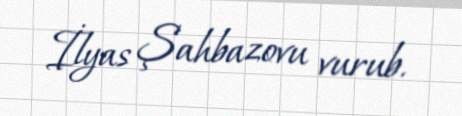
İlyas Şahbazovu vurub.